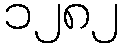
၁၂၈၂